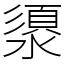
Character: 澃